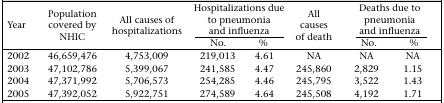
<table><thead><tr><td rowspan="2"><b>Year</b></td><td rowspan="2"><b>Population covered by NHIC</b></td><td rowspan="2"><b>All causes of hospitalizations</b></td><td colspan="2"><b>Hospitalizations due to pneumonia and influenza</b></td><td rowspan="2"><b>All causes of death</b></td><td colspan="2"><b>Deaths due to pneumonia and influenza</b></td></tr><tr><td><b>No.</b></td><td><b>%</b></td><td><b>No.</b></td><td><b>%</b></td></tr></thead><tbody><tr><td>2002</td><td>46,659,476</td><td>4,753,009</td><td>219,013</td><td>4.61</td><td>NA</td><td>NA</td><td>NA</td></tr><tr><td>2003</td><td>47,102,786</td><td>5,399,067</td><td>241,585</td><td>4.47</td><td>245,860</td><td>2,829</td><td>1.15</td></tr><tr><td>2004</td><td>47,371,992</td><td>5,706,573</td><td>254,285</td><td>4.46</td><td>245,795</td><td>3,522</td><td>1.43</td></tr><tr><td>2005</td><td>47,392,052</td><td>5,922,751</td><td>274,589</td><td>4.64</td><td>245,508</td><td>4,192</td><td>1.71</td></tr></tbody></table>